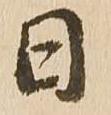
日